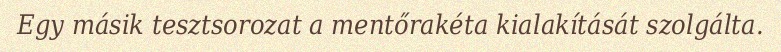
Egy másik tesztsorozat a mentőrakéta kialakítását szolgálta.